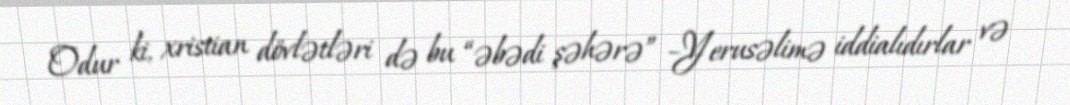
Odur ki, xristian dövlətləri də bu “əbədi şəhərə” –Yerusəlimə iddialıdırlar və